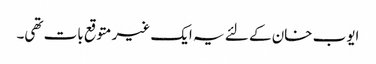
ایوب خان کے لئے یہ ایک غیر متوقع بات تھی۔